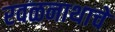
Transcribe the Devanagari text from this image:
रवळनाथाचे